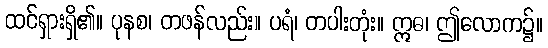
ထင်ရှားရှိ၏။ ပုနစ၊ တဖန်လည်း။ ပရံ၊ တပါးတုံး။ ဣဓ၊ ဤလောက၌။